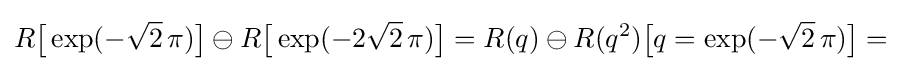
R{\bigl [}\exp(-{\sqrt {2}}\,\pi ){\bigr ]}\ominus R{\bigl [}\exp(-2{\sqrt {2}}\,\pi ){\bigr ]}=R(q)\ominus R(q^{2}){\bigl [}q=\exp(-{\sqrt {2}}\,\pi ){\bigr ]}=